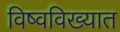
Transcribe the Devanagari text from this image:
विष्वविख्यात